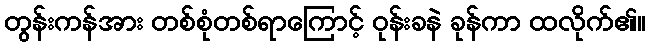
တွန်းကန်အား တစ်စုံတစ်ရာကြောင့် ဝုန်းခနဲ ခုန်ကာ ထလိုက်၏။